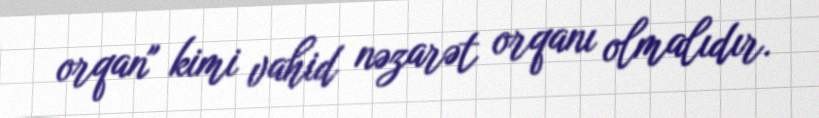
orqan" kimi vahid nəzarət orqanı olmalıdır.